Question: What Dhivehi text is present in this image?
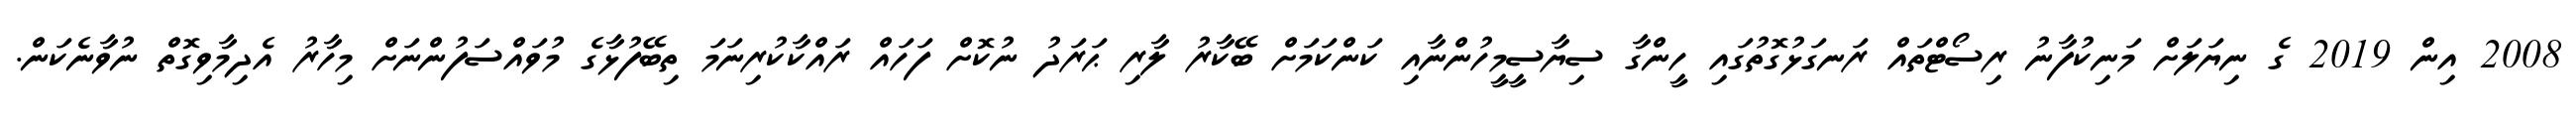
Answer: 2008 އިން 2019 ގެ ނިޔަލަށް މަނިކުފާނު ރިސޯޓްތައް ރަނގަޅުގޮތުގައި ހީންގާ ސިޔާސީމީހުންނާއި ކަންކަމަށް ބޭކާރު ލާރި ޙަރަދު ނުކޮށް ފަހައް ރައްކާކުރިނަމަ ތިބޭފުޅާގެ މުވައްސަފުންނަށް މިހާރު އެދިމާވިގޮތް ނުވާނެކަން.